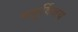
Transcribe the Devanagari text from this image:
चतुर्विजय